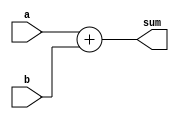
module adder #(parameter WIDTH = 32) (
    input       [WIDTH-1:0] a, b,
    output      [WIDTH-1:0] sum
);

assign sum = a + b;

endmodule